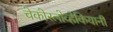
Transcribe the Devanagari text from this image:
चेकोस्लोव्हेकियानी